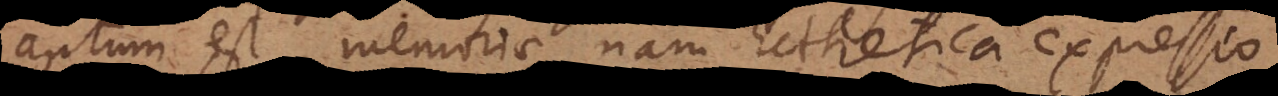
aptum est memoriae, nam Ecthetica expressio